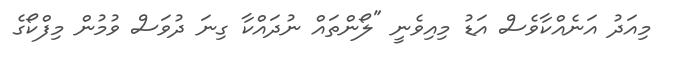
މިއަދު އަނެއްކާވެސް އަޑު މިއިވެނީ "ލޯންތައް ނުދައްކާ ގިނަ ދުވަސް ވުމުން މިފްކޯގެ